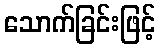
သောက်ခြင်းဖြင့်